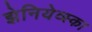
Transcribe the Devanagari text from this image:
झेनियेव्स्का